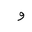
Letter: _waw